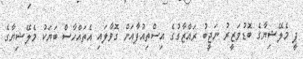
ޕީ މެލޭޝިޔާގެ ބޮޑުވަޒީރު ނަޖީބު ރައްޒާގުގެ އިސްތިއުފާއަށް ގޮވާލައި އެތައްހާސް ބަޔަކު މެލޭޝިޔާގެ